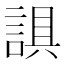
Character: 𰴼